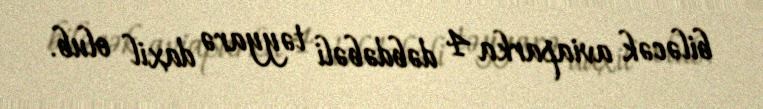
biləcək aviaparka 4 dəbdəbəli təyyarə daxil olub.